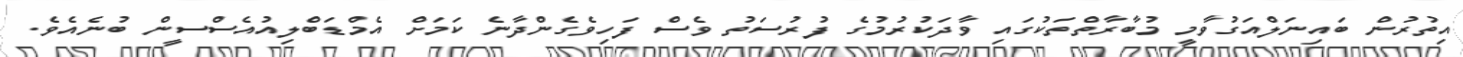
އިތުރުން ބައިނަލްއަގުވާމީ މުބާރާތްތަކުގައި ވާދަކުރުމުގެ ފުރުސަތު ވެސް ފަހިވެގެންދާނެ ކަމަށް އެމްޑަބްލިއުއެސްސީން ބުނެއެވެ.